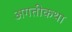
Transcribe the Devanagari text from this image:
अगतीकथा